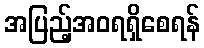
အပြည့်အဝရရှိစေရန်